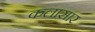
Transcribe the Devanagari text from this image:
कलासार